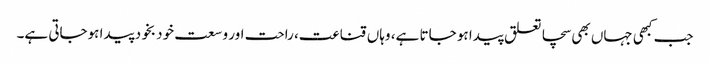
جب کبھی جہاں بھی سچا تعلق پیدا ہو جاتا ہے، وہاں قناعت، راحت اور وسعت خود بخود پیدا ہوجاتی ہے۔